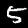
Label: 5